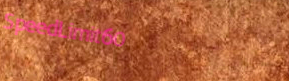
SpeedLimit60